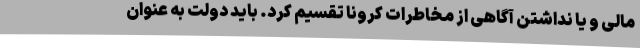
مالی و یا نداشتن آگاهی از مخاطرات کرونا تقسیم کرد. باید دولت به عنوان